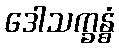
ဒေါသက္ခန္ဓံ